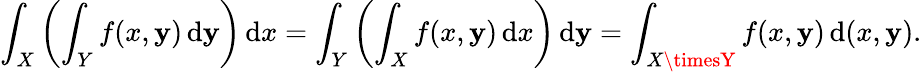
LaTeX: \int_{X}\left(\int_{Y}f(x,\mathbf{y})\, {\mathrm{{d}}}\mathbf{y}\right)\, {\mathrm{{d}}}x=\int_{Y}\left(\int_{X}f(x,\mathbf{y})\, {\mathrm{{d}}}x\right)\, {\mathrm{{d}}}\mathbf{y}=\int_{X\timesY}f(x,\mathbf{y})\, {\mathrm{{d}}}(x,\mathbf{y}).